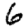
Digit: 6